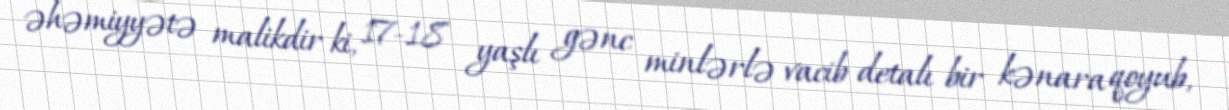
əhəmiyyətə malikdir ki, 17-18 yaşlı gənc minlərlə vacib detalı bir kənara qoyub,